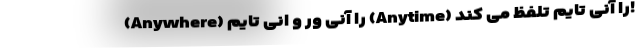
(Anywhere) را آنی ور و اِنی تایم (Anytime) را آنی تایم تلفظ می کند!